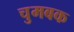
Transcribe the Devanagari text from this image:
चुमबक